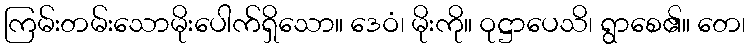
ကြမ်းတမ်းသောမိုးပေါက်ရှိသော။ ဒေဝံ၊ မိုးကို။ ဝုဋ္ဌာပေသိ၊ ရွာစေ၏။ တေ၊